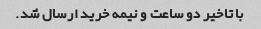
با تاخیر دو ساعت و نیمه خرید ارسال شد.